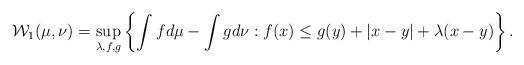
LaTeX: \begin{align*}\mathcal{W}_{1}(\mu,\nu)=\sup_{\lambda,f,g}\left\{ \int fd\mu-\int g d\nu: f(x)\le g(y)+|x-y|+\lambda(x-y) \right\}.\end{align*}